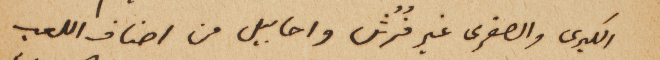
الكبرى والصغرى غير فُرُش واحابيل من اصناف اللعب